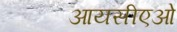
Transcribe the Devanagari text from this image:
आयसीएओ